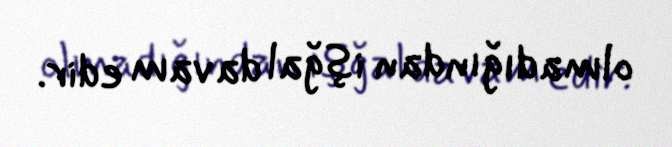
olmadığından işğal davam edir.